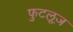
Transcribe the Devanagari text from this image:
फुटलूज़